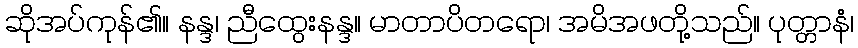
ဆိုအပ်ကုန်၏။ နန္ဒ၊ ညီထွေးနန္ဒ။ မာတာပိတရော၊ အမိအဖတို့သည်။ ပုတ္တာနံ၊